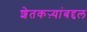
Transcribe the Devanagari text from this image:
शेतकऱ्यांबद्दल